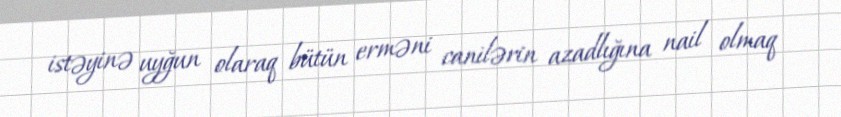
istəyinə uyğun olaraq bütün erməni canilərin azadlığına nail olmaq